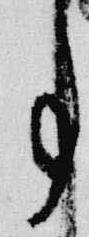
事